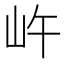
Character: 㞰